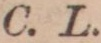
skan, tog den män från alla skiftningar af